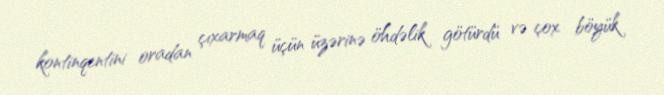
kontinqentini oradan çıxarmaq üçün üzərinə öhdəlik götürdü və çox böyük